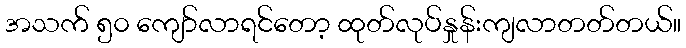
အသက် ၅၀ ကျော်လာရင်တော့ ထုတ်လုပ်နှုန်းကျလာတတ်တယ်။